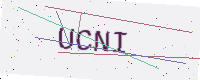
Text: UCNI